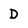
Character: D